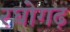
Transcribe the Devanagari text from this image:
रघोगढ़